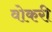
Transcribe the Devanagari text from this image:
वोकरी